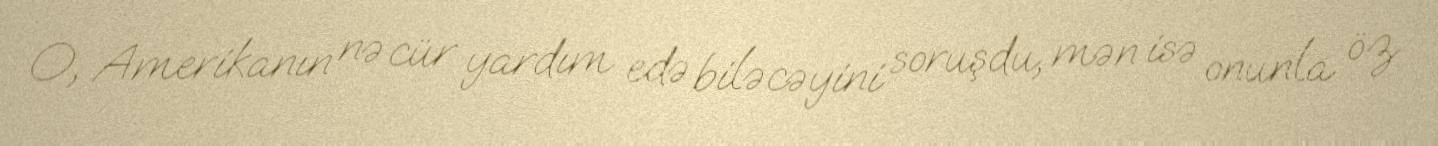
O, Amerikanın nə cür yardım edə biləcəyini soruşdu, mən isə onunla öz